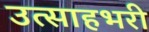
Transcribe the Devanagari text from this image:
उत्साहभरी